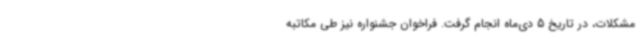
مشکلات، در تاریخ 5 دی‌ماه انجام گرفت. فراخوان جشنواره نیز طی مکاتبه